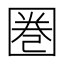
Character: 圏